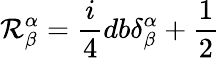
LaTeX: \mathcal{R}_{\beta}^{\alpha}=\frac{{i}}{{4}}db\delta_{\beta}^{\alpha}+\frac{{1}}{{2}}